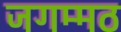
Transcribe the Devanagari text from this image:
जगम्मठ